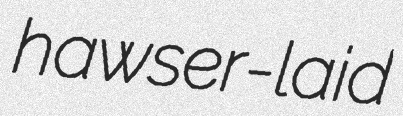
hawser-laid